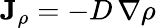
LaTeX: \mathbf{J}_{\rho}=-D\, \nabla\rho